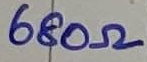
Text: 680Ω